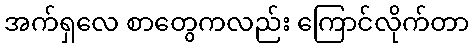
အက်ရှလေ စာတွေကလည်း ကြောင်လိုက်တာ